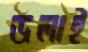
ডলাই